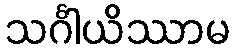
သင်္ဂါယိဿာမ